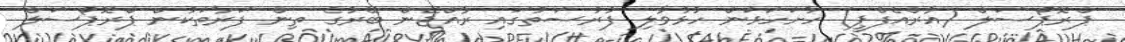
ޕްރޮޕޯސަލް (އާރްއެފްޕީ) ހުށަހަޅަން ހުޅުވާލި ފުރުސަތުގައި ރާއްޖޭން ބޭރުގެ ތިން ފަރާތަކުން ޕްރޮޕޯސަލް